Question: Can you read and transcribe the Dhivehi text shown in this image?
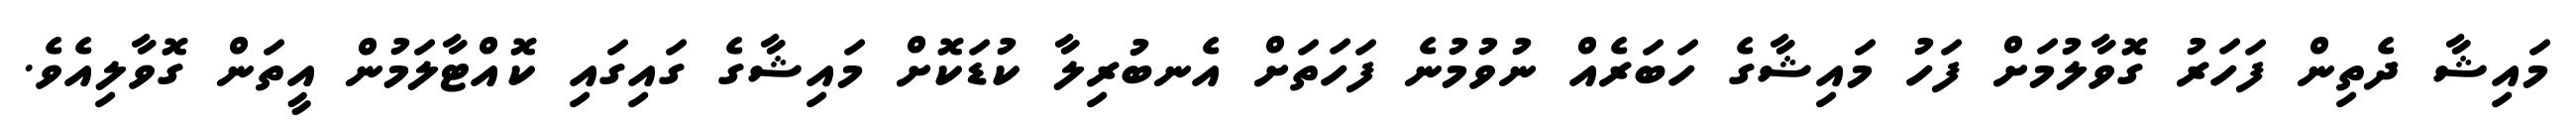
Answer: މައިޝާ ދެތިން ފަހަރު ގޮވާލުމަށް ފަހު މައިޝާގެ ހަބަރެއް ނުވުމުނެ ފަހަތަށް އެނބުރިލާ ކުޑަކޮށް މައިޝާގެ ގައިގައި ކޮއްޓާލަމުން އީތަން ގޮވާލިއެވެ.